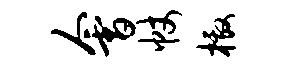
会帐檄